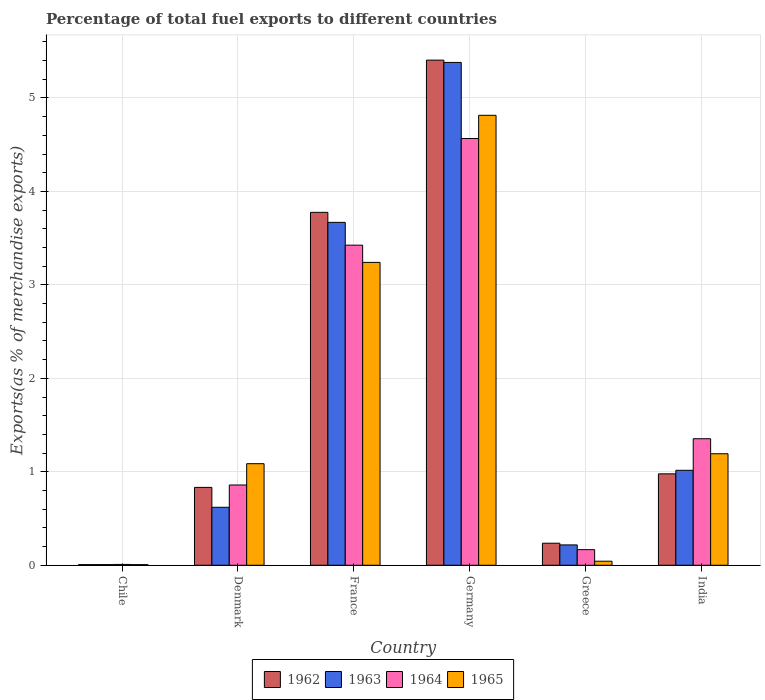
| Country | 1962 | 1963 | 1964 | 1965 |
 | --- | --- | --- | --- | --- |
 | Chile | 0.00701 | 0.00708 | 0.00893 | 0.00676 |
 | Denmark | 0.833 | 0.62 | 0.859 | 1.09 |
 | France | 3.78 | 3.67 | 3.43 | 3.24 |
 | Germany | 5.4 | 5.38 | 4.57 | 4.81 |
 | Greece | 0.236 | 0.218 | 0.167 | 0.0434 |
 | India | 0.978 | 1.02 | 1.35 | 1.19 |